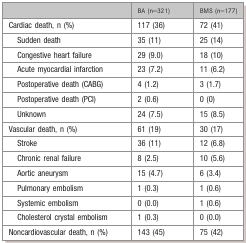
|  | BA (n=321) | BMS (n=177) |
 | --- | --- | --- |
 | Cardiac death, n (%) | 117 (36) | 72 (41) |
 | Sudden death | 35 (11) | 25 (14) |
 | Congestive heart failure | 29 (9.0) | 18 (10) |
 | Acute myocardial infarction | 23 (7.2) | 11 (6.2) |
 | Postoperative death (CABG) | 4 (1.2) | 3 (1.7) |
 | Postoperative death (PCI) | 2 (0.6) | 0 (0) |
 | Unknown | 24 (7.5) | 15 (8.5) |
 | Vascular death, n (%) | 61 (19) | 30 (17) |
 | Stroke | 36 (11) | 12 (6.8) |
 | Chronic renal failure | 8 (2.5) | 10 (5.6) |
 | Aortic aneurysm | 15 (4.7) | 6 (3.4) |
 | Pulmonary embolism | 1 (0.3) | 1 (0.6) |
 | Systemic embolism | 0 (0.0) | 1 (0.6) |
 | Cholesterol crystal embolism | 1 (0.3) | 0 (0.0) |
 | Noncardiovascular death, n (%) | 143 (45) | 75 (42) |